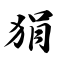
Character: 狷